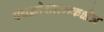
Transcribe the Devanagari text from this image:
पंचक्रोशात्मकक्षेत्र